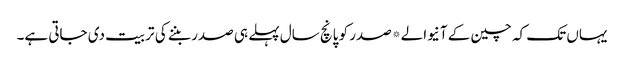
یہاں تک کہ چین کے آنیوالے*صدر کو پانچ سال پہلے ہی صدر بننے کی تربیت دی جاتی ہے۔